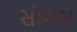
સીમસ